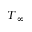
T _ { \infty }